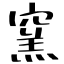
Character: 窯